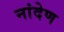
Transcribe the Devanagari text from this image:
नांदेण